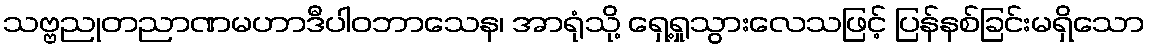
သဗ္ဗညုတညာဏမဟာဒီပါဝဘာသေန၊ အာရုံသို့ ရှေ့ရှုသွားလေသဖြင့် ပြန်နစ်ခြင်းမရှိသော